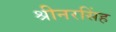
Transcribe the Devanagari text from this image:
श्रीनरसिंह